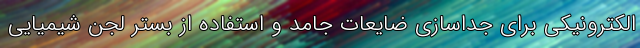
الکترونیکی برای جداسازی ضایعات جامد و استفاده از بستر لجن شیمیایی